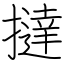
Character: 撻